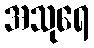
အသုရေ